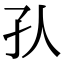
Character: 𡤿